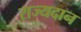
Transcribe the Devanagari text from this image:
राज्यदान